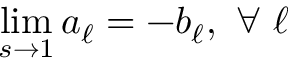
\operatorname* { l i m } _ { s \rightarrow 1 } a _ { \ell } = - b _ { \ell } , ~ \forall ~ \ell